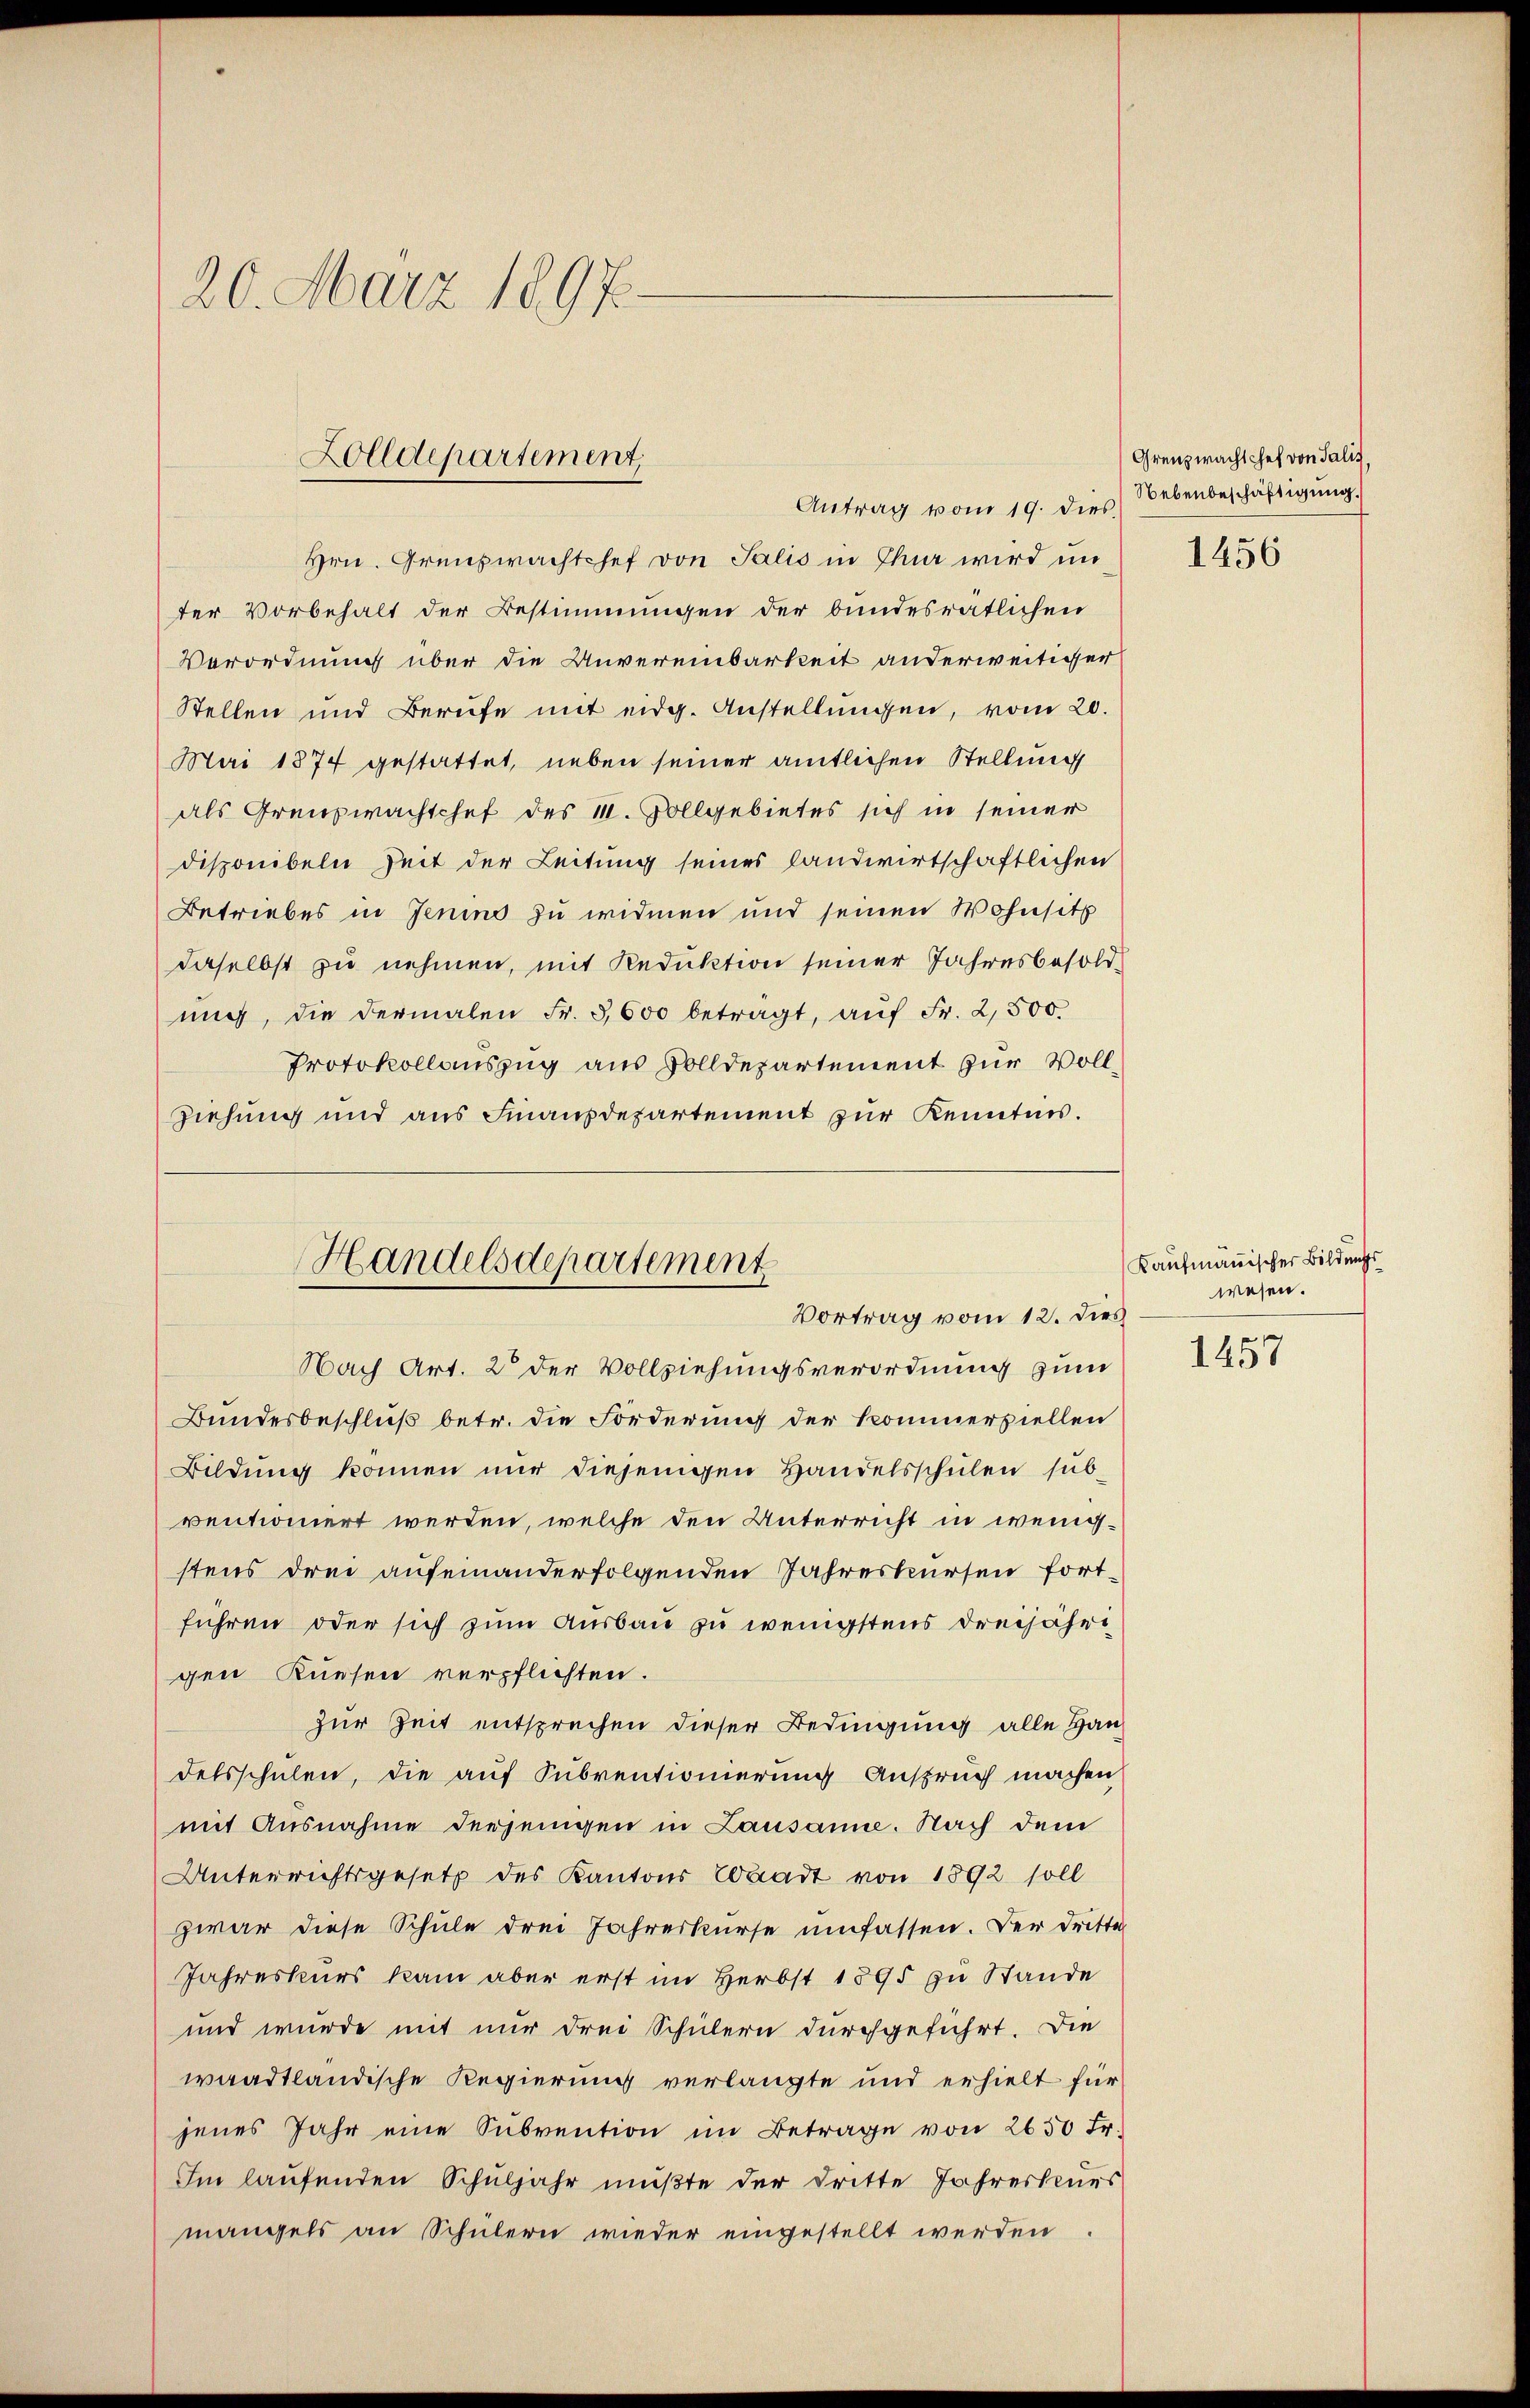
20. März 1897.

Zolldepartement,

Antrag vom 19. dies Nebenbeschäftigung
Hrn. Grenzwachtshof von Salis in Chur wird in
ter Vorbehalt der Bestimmungen der bundesrätlichen
Verordnung über die Unvereinbarkeit anderweitiger
Stellen und Berufe mit eidg. Anstellungen, vom 20.
Mai 1874 gestattet, neben seiner amtlichen Stellung
als Grenzwachtchef des 11. Vollgebietes sich in seiner
disponibeln Zeit der Leitung seines Landwirtschaftlichen
Betriebes in Jenino zu widmen und seinen Wohnsitz
daselbst zu nehmen, mit Reduktion seiner Jahresbesold
nug, die dermalen Fr. 5,600 betragt, aŭf Fr. 2,500.
Protokollauszug aus Solldepartement zur Voll¬
Ziehung und aus Finanzdepartement zur Kenntnis.

Handelsdepartement
Vortrag vom 12. dies

Nach Art. 2 der Vollziehungsverordnung zum
Bundesbeschluß betr. die Forderung der Kommerziellen
Bildung können nur diejenigen Handelsschulen sub
ventioniert werden, welche den Unterricht in wenigstens drei aufeinanderfolgenden Jahreskursen fortführen oder sich zum Ausbau zu wenigstens dreijähri
gen Kuesen verpflichten.
zur Zeit entsprechen dieser Bedingung alle Handelsschulen, die auf Subventionierung Anspruch machen
mit Ausnahme derjenigen in Lausanne. Nach dem
Unterrichtsgesetz des Kantons Stadt von 1892 soll
zwar diese Schule drei Jahreskurse umfassen. Der Dritte
Jahreskurs kam aber erst im Herbst 1895 zu Stande
und wurde mit nur drei Schülern durchgeführt. Die
waadtländische Regierung verlangte und erhielt für
jenes Jahr eine Subvention im Betrage von 2650 Fr.
Im laufenden Schuljahr müßte der dritte Jahresseurs
mangels an Schülern wieder eingestellt werden

Grenzwacht Chef von Salis,

1456

Kaufmannischer Bildungs
wesen.

1457